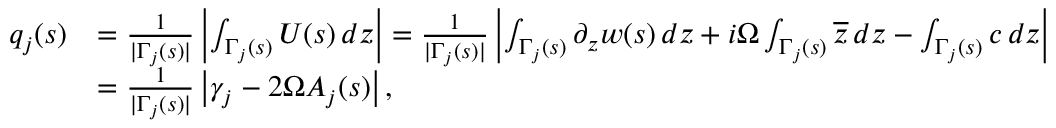
\begin{array} { r l } { q _ { j } ( s ) } & { = \frac { 1 } { | \Gamma _ { j } ( s ) | } \left| \int _ { \Gamma _ { j } ( s ) } U ( s ) \, d z \right| = \frac { 1 } { | \Gamma _ { j } ( s ) | } \left| \int _ { \Gamma _ { j } ( s ) } \partial _ { z } w ( s ) \, d z + i \Omega \int _ { \Gamma _ { j } ( s ) } \overline { { z } } \, d z - \int _ { \Gamma _ { j } ( s ) } c \, d z \right| } \\ & { = \frac { 1 } { | \Gamma _ { j } ( s ) | } \left| \gamma _ { j } - 2 \Omega A _ { j } ( s ) \right| , } \end{array}